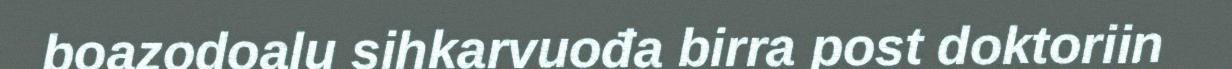
boazodoalu sihkarvuođa birra post doktoriin